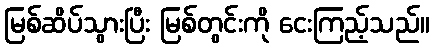
မြစ်ဆိပ်သွားပြီး မြစ်တွင်းကို ငေးကြည့်သည်။